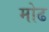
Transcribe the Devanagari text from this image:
मोढ